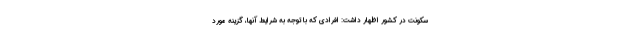
سکونت در کشور اظهار داشت: افرادی که با توجه به شرایط آنها، گزینه مورد